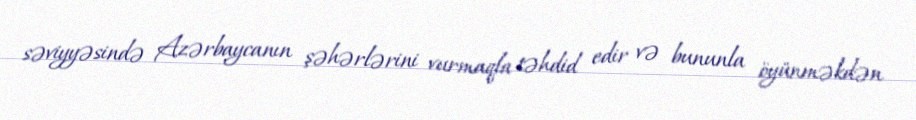
səviyyəsində Azərbaycanın şəhərlərini vurmaqla təhdid edir və bununla öyünməkdən